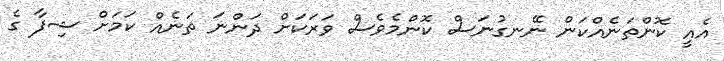
އެއީ ކޮންތަނެއްކަން ނޭނގުނަސް ކޮންމެވެސް ވަރަކަށް ދަންނަ ތަނެއް ކަމަށް ޝިފާ ގެ